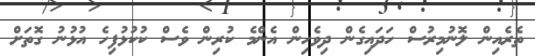
ތެރެއިން ލޮނުމިރުސް ހަދައިގެން ދިވެހިން އެންމެ ކުރިން ވެސް ކުކުޅުފިހެ އުޅުނު ގޮތަށް